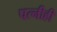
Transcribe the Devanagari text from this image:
पत्‍नीही